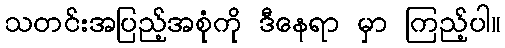
သတင်းအပြည့်အစုံကို ဒီနေရာ မှာ ကြည့်ပါ။